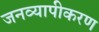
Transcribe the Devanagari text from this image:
जनव्यापीकरण